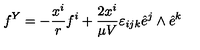
f ^ { Y } = - \frac { x ^ { i } } { r } f ^ { i } + \frac { 2 x ^ { i } } { \mu V } \varepsilon _ { i j k } \hat { e } ^ { j } \land \hat { e } ^ { k }